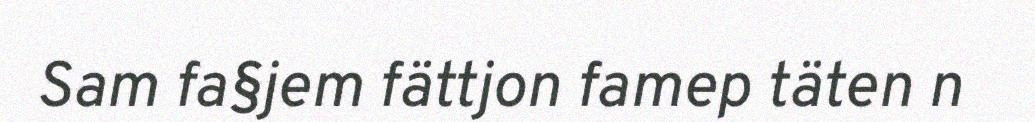
Sam fa§jem fättjon famep täten n